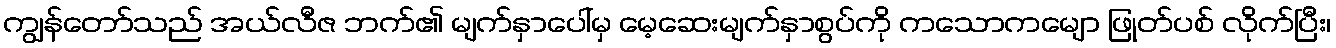
ကျွန်တော်သည် အယ်လီဇ ဘက်၏ မျက်နှာပေါ်မှ မေ့ဆေးမျက်နှာစွပ်ကို ကသောကမျော ဖြုတ်ပစ် လိုက်ပြီး၊